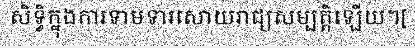
សិទ្ធិក្នុងការទាមទារសោយរាជ្យសម្បត្តិឡើយ។[